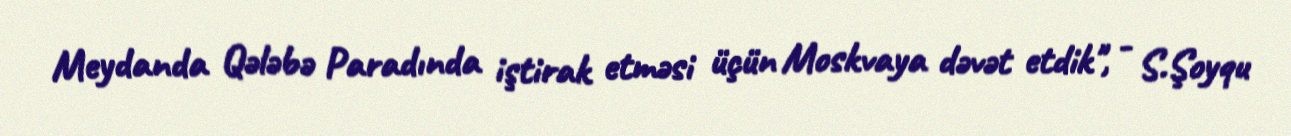
Meydanda Qələbə Paradında iştirak etməsi üçün Moskvaya dəvət etdik", - S.Şoyqu